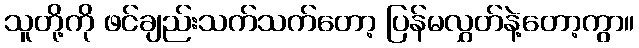
သူတို့ကို ဖင်ချည်းသက်သက်တော့ ပြန်မလွှတ်နဲ့တော့ကွာ။